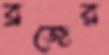
ব্রজের